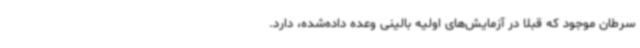
سرطان موجود که قبلا در آزمایش‌های اولیه بالینی وعده داده‌شده، دارد.